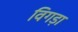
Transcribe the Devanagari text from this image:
विगड़ा